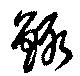
鯫